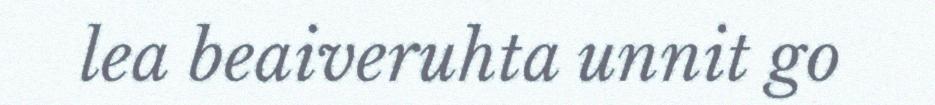
lea beaiveruhta unnit go